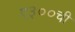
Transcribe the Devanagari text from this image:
ए३००ची